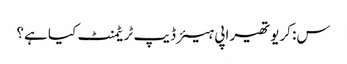
س: کریوتھیراپی ہیئر ڈیپ ٹریٹمنٹ کیا ہے؟